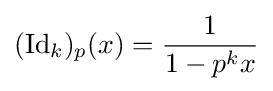
({\textrm {Id}}_{k})_{p}(x)={\frac {1}{1-p^{k}x}}